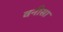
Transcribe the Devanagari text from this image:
वनीसा